Lunatic asylums in Bengal annual reports 1888-1898 - 1888-1898
Year: 1888
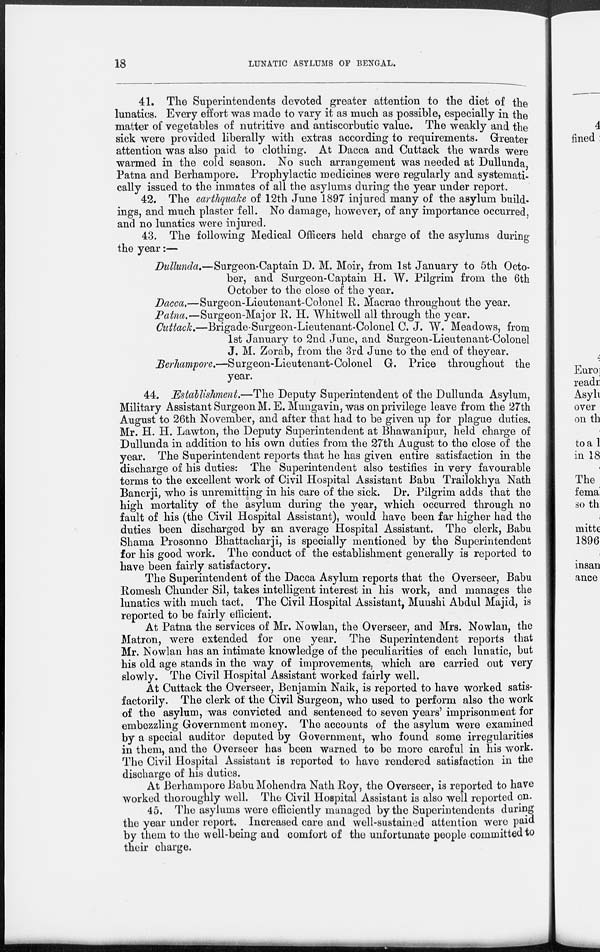
18
LUNATIC ASYLUMS OF BENGAL.
41. The Superintendents devoted greater attention to the diet of the
lunatics. Every effort was made to vary it as much as possible, especially in the
matter of vegetables of nutritive and antiscorbutic value. The weakly and the
sick were provided liberally with extras according to requirements. Greater
attention was also paid to clothing. At Dacca and Cuttack the wards were
warmed in the cold season. No such arrangement was needed at Dullunda,
Patna and Berhampore. Prophylactic medicines were regularly and systemati-
cally issued to the inmates of all the asylums during the year under report.
42. The earthquake of 12th June 1897 injured many of the asylum build-
ings, and much plaster fell. No damage, however, of any importance occurred,
and no lunatics were injured.
43. The following Medical Officers held charge of the asylums during
the year:—
Dullunda.—Surgeon-Captain D. M. Moir, from 1st January to 5th Octo-
ber, and Surgeon-Captain H. W. Pilgrim from the 6th
October to the close of the year.
Dacca,—Surgeon-Lieutenant-Colonel R. Macrae throughout the year.
Patna.—Surgeon-Major R. H. Whitwell all through the year.
Cuttack.—Brigade-Surgeon-Lieutenant-Colonel C. J. W. Meadows, from
1st January to 2nd June, and Surgeon-Lieutenant-Colonel
J. M. Zorab, from the 3rd June to the end of theyear.
Berhampore.—Surgeon-Lieutenant-Colonel G. Price throughout the
year.
44. Establishment.—The Deputy Superintendent of the Dullunda Asylum,
Military Assistant Surgeon M. E. Mungavin, was on privilege leave from the 27th
August to 26th November, and after that had to be given up for plague duties.
Mr. H. H. Lawton, the Deputy Superintendent at Bhawanipur, held charge of
Dullunda in addition to his own duties from the 27th August to the close of the
year. The Superintendent reports that he has given entire satisfaction in the
discharge of his duties: The Superintendent also testifies in very favourable
terms to the excellent work of Civil Hospital Assistant Babu Trailokhya Nath
Banerji, who is unremitting in his care of the sick. Dr. Pilgrim adds that the
high mortality of the asylum during the year, which occurred through no
fault of his (the Civil Hospital Assistant), would have been far higher had the
duties been discharged by an average Hospital Assistant. The clerk, Babu
Shama Prosonno Bhattacharji, is specially- mentioned by the Superintendent
for his good work. The conduct of the establishment generally is reported to
have been fairly satisfactory.
The Superintendent of the Dacca Asylum reports that the Overseer, Babu
Romesh Chunder Sil, takes intelligent interest in his work, and manages the
lunatics with much tact. The Civil Hospital Assistant, Munshi Abdul Majid, is
reported to be fairly efficient.
At Patna the services of Mr. Nowlan, the Overseer, and Mrs. Nowlan, the
Matron, were extended for one year. The Superintendent reports that
Mr. Nowlan has an intimate knowledge of the peculiarities of each lunatic, but
his old age stands in the way of improvements, which are carried out very
slowly. The Civil Hospital Assistant worked fairly well.
At Cuttack the Overseer, Benjamin Naik, is reported to have worked satis-
factorily. The clerk of the Civil Surgeon, who used to perform also the work
of the asylum, was convicted and sentenced to seven years' imprisonment for
embezzling Government money. The accounts of the asylum were examined
by a special auditor deputed by Government, who found some irregularities
in them, and the Overseer has been warned to be more careful in his work.
The Civil Hospital Assistant is reported to have rendered satisfaction in the
discharge of his duties.
At Berhampore Babu Mohendra Nath Roy, the Overseer, is reported to have
worked thoroughly well. The Civil Hospital Assistant is also well reported on.
45. The asylums were efficiently managed by the Superintendents during
the year under report. Increased care and well-sustained attention were paid
by them to the well-being and comfort of the unfortunate people committed to
their charge.